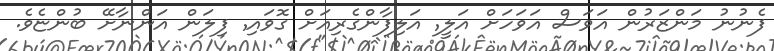
ފެނުނު މަންޒަރުން އަވަަސް އަވަހަށް އަލީ